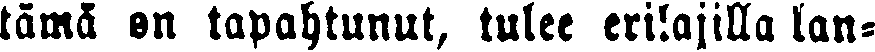
tämä on tapahtunut, tulee erilajilla lan-